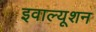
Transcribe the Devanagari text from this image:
इवाल्यूशन